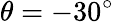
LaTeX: \theta=-30^{\circ}